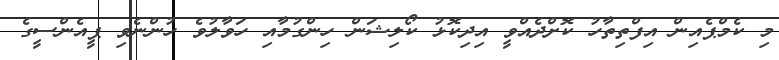
މި ކެމްޕެއިން އިފްތިތާހު ކޮށްދެއްވީ އިދިކޮޅު ކޯލިޝަން ހިންގުމާއި ހަވާލުވެ ހުންނެވި ޕީއެންސީގެ